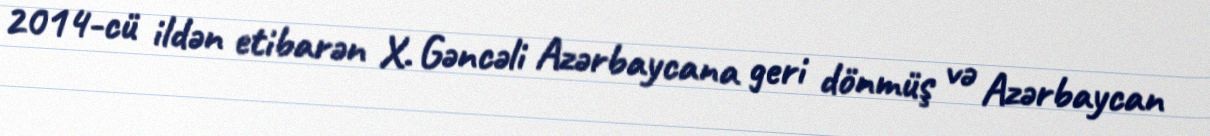
2014-cü ildən etibarən X. Gəncəli Azərbaycana geri dönmüş və Azərbaycan